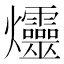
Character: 爧